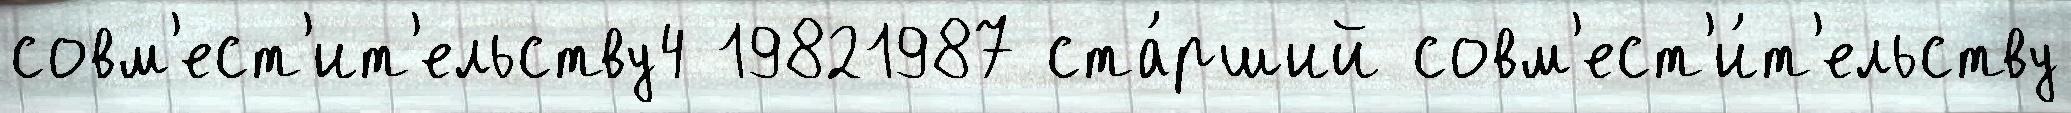
совм'ест'ит'ельству4 19821987 ста́рший совм'ест'и́т'ельству